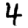
Digit: 4